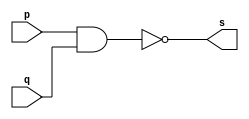
//----
//Exemplo0006 - NAND
//Nome: Thas Pedrosa Gomes
//Matrcula: 451616
//----

//----
//-- nand gate
//----

module nandgate (output s, input p, input q);
assign s = (~(p & q)); //criar vinculo permanente
              //(dependencia)
endmodule // nandgate

//----
//-- test nand gate
//----

module testnandgate;
//---- dados locais
	reg a, b; //definir registrador
	       //(variavel independente)
	wire s; //definir conexao (fio)
	        //(variavel dependente)
			  
//---- instancia
nandgate NAND1 (s, a, b);

//---- preparacao
initial begin: start
  a = 0; b = 0;
  
end

//---- parte principal
initial begin: main
    //execucao unitaria
	$display("Exemplo0006 - Thais Pedrosa Gomes - 451616");
	$display("Test NAND gate.");
	$display("\n(~(a & b)) = s\n");
	  a = 0; b = 0;
#1 	$display("~ %b & %b = %b", a, b, s);
     a = 0; b = 1;  
#1    $display("~ %b & %b = %b", a, b, s);
     a = 1; b = 0;
#1    $display("~ %b & %b = %b", a, b, s);
     a = 1; b = 1;
#1    $display("~ %b & %b = %b", a, b, s);	
    	  	  
end

endmodule //testxorgate